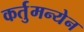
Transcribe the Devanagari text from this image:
कर्तुमन्येन